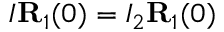
I { \bf R } _ { 1 } ( 0 ) = I _ { 2 } { \bf R } _ { 1 } ( 0 )